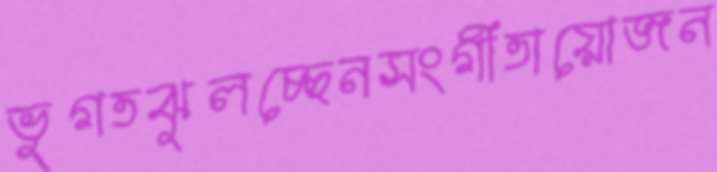
ভুগতঝুলচ্ছেনসংগীতায়োজন